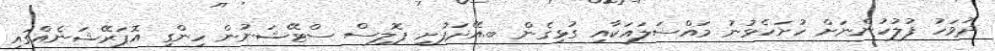
ދުވަހު ފުލުހުންނަށް ހުށަހެޅުނު މައްސަލައަކާއި ގުޅިގެން ބ.އޭދަފުށި ޕޮލިސް ސްޓޭޝަނުން ހިންގި އޮޕަރޭޝަނެއްގައި